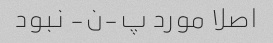
اصلا مورد پ-ن- نبود